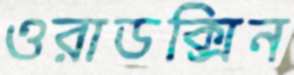
ওরাডক্সিন